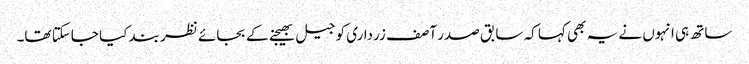
ساتھ ہی انہوں نے یہ بھی کہا کہ سابق صدر آصف زرداری کو جیل بھیجنے کے بجائے نظر بند کیا جاسکتا تھا۔